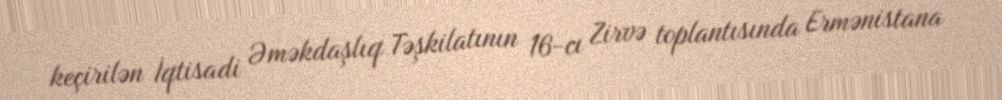
keçirilən İqtisadi Əməkdaşlıq Təşkilatının 16-cı Zirvə toplantısında Ermənistana